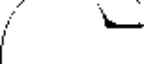
-